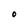
Character: O